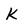
Character: K